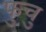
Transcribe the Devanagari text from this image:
फुचु